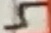
Text: 5